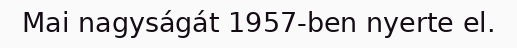
Mai nagyságát 1957-ben nyerte el.